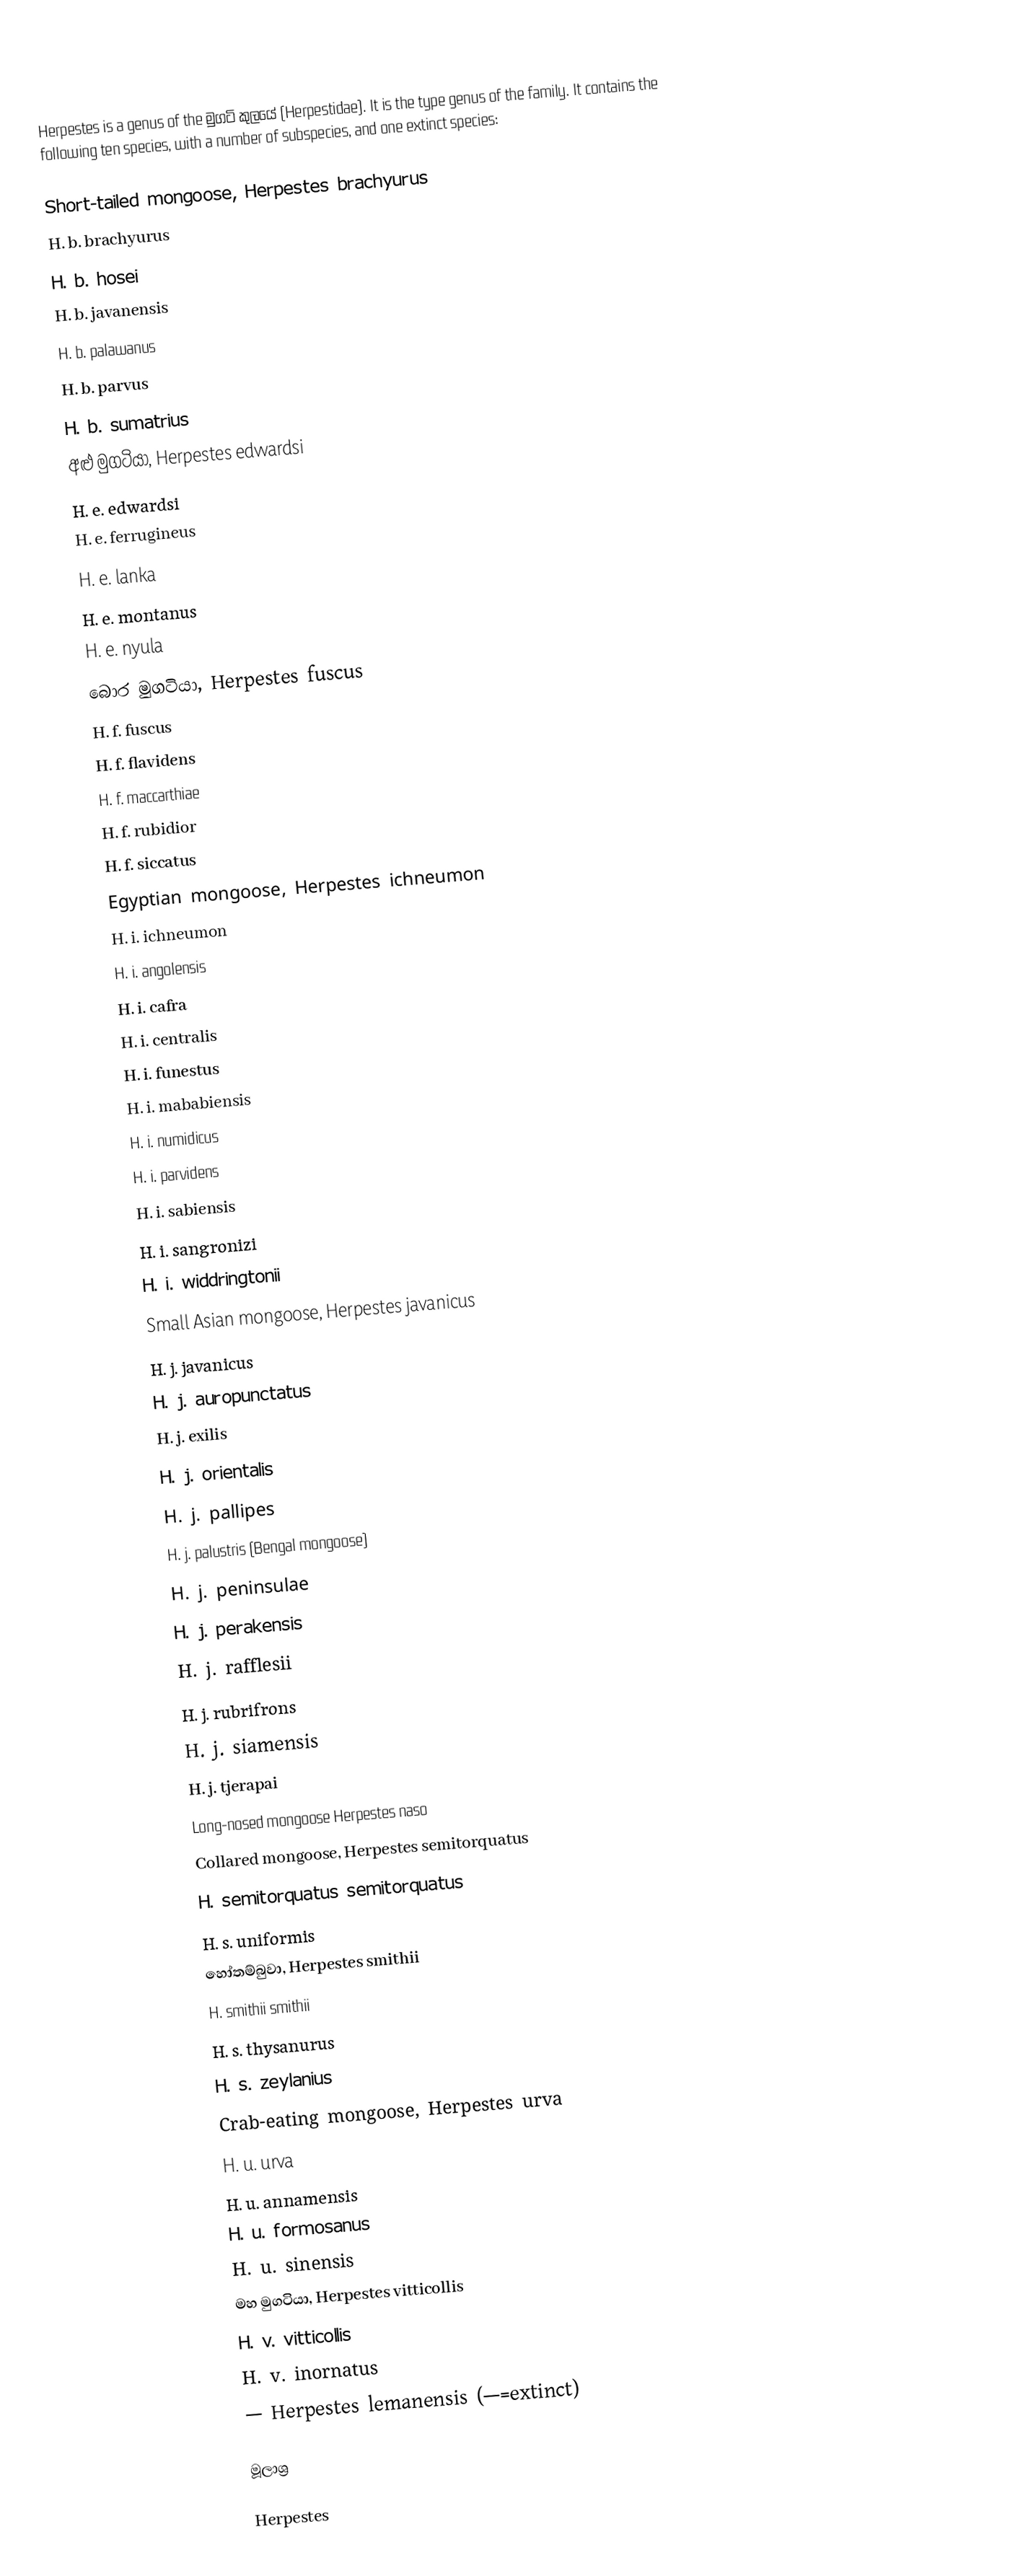
Herpestes is a genus of the මුගටි කුලයේ (Herpestidae). It is the type genus of the family. It contains the following ten species, with a number of subspecies, and one extinct species:

 Short-tailed mongoose, Herpestes brachyurus
 H. b. brachyurus
 H. b. hosei
 H. b. javanensis
 H. b. palawanus
 H. b. parvus
 H. b. sumatrius
 අළු මුගටියා, Herpestes edwardsi
 H. e. edwardsi
 H. e. ferrugineus
 H. e. lanka
 H. e. montanus
 H. e. nyula
 බොර මුගටියා, Herpestes fuscus
 H. f. fuscus
 H. f. flavidens
 H. f. maccarthiae
 H. f. rubidior
 H. f. siccatus
 Egyptian mongoose, Herpestes ichneumon
 H. i. ichneumon
 H. i. angolensis
 H. i. cafra
 H. i. centralis
 H. i. funestus
 H. i. mababiensis
 H. i. numidicus
 H. i. parvidens
 H. i. sabiensis
 H. i. sangronizi
 H. i. widdringtonii
 Small Asian mongoose, Herpestes javanicus
 H. j. javanicus
 H. j. auropunctatus
 H. j. exilis
 H. j. orientalis
 H. j. pallipes
 H. j. palustris (Bengal mongoose)
 H. j. peninsulae
 H. j. perakensis
 H. j. rafflesii
 H. j. rubrifrons
 H. j. siamensis
 H. j. tjerapai
 Long-nosed mongoose Herpestes naso
 Collared mongoose, Herpestes semitorquatus
 H. semitorquatus semitorquatus
 H. s. uniformis
 හෝතම්බුවා, Herpestes smithii
 H. smithii smithii
 H. s. thysanurus
 H. s. zeylanius
 Crab-eating mongoose, Herpestes urva
 H. u. urva
 H. u. annamensis
 H. u. formosanus
 H. u. sinensis
 මහ මුගටියා, Herpestes vitticollis
 H. v. vitticollis
 H. v. inornatus
 † Herpestes lemanensis (†=extinct)

මූලාශ්‍ර

Herpestes